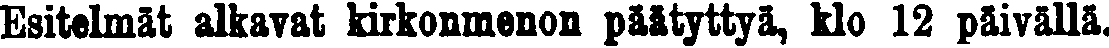
Esitelmät alkavat kirkonmenon päätyttyä, klo 12 päivällä.